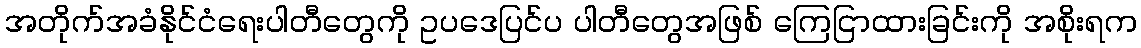
အတိုက်အခံနိုင်ငံရေးပါတီတွေကို ဥပဒေပြင်ပ ပါတီတွေအဖြစ် ကြေငြာထားခြင်းကို အစိုးရက